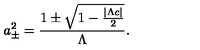
a _ { \pm } ^ { 2 } = \frac { 1 \pm \sqrt { 1 - \frac { { | \Lambda c | } } { 2 } } } { { \Lambda } } .